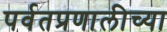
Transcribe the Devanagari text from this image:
पर्वतप्रणालीच्या